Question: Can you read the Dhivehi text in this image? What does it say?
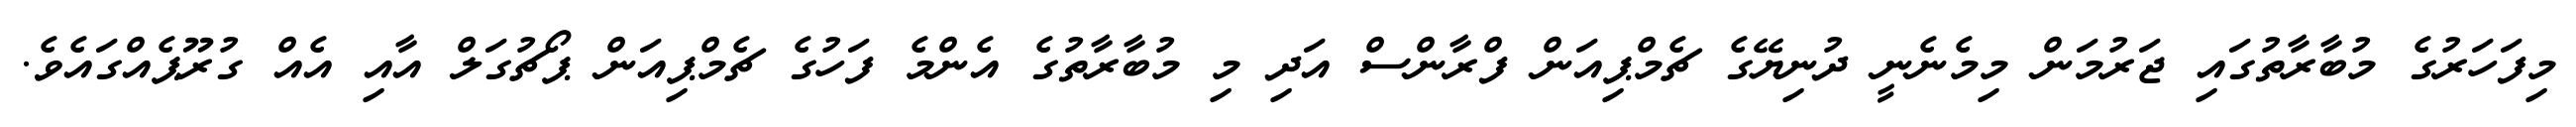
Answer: މިފަހަރުގެ މުބާރާތުގައި ޖަރުމަން މިމެނެނީ ދުނިޔޭގެ ޗެމްޕިއަން ފްރާންސް އަދި މި މުބާރާތުގެ އެންމެ ފަހުގެ ޗެމްޕިއަން ޕޯޗުގަލް އާއި އެއް ގުރޫޕެއްގައެވެ.